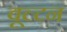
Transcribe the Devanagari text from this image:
वूल्टन